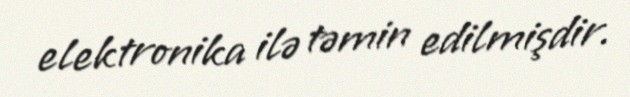
elektronika ilə təmin edilmişdir.